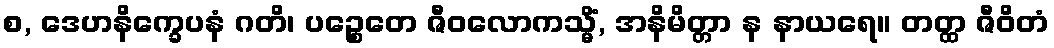
စ, ဒေဟနိက္ခေပနံ ဂတိ၊ ပဉ္စေတေ ဇီဝလောကသ္မိံ, အနိမိတ္တာ န နာယရေ။ တတ္ထ ဇီဝိတံ